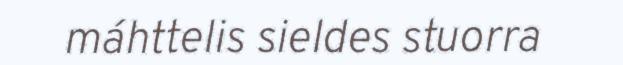
máhttelis sieldes stuorra